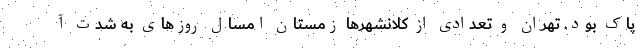
پاک بود. تهران و تعدادی از کلانشهرها زمستان امسال روزهای به شدت آ